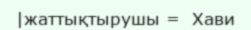
|жаттықтырушы =  Хави